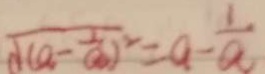
\sqrt { ( a - \frac { 1 } { a } ) ^ { 2 } } = a - \frac { 1 } { a }